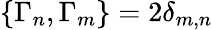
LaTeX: \{ \Gamma_{n},\Gamma_{m}\} =2\delta_{m,n}